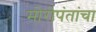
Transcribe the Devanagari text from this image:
मोरोपंतांचा